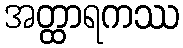
အတ္ထာရကဿ